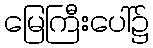
မြေကြီးပေါ်၌